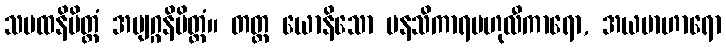
သမထနိမိတ္တံ အဗျဂ္ဂနိမိတ္တံ။ တတ္ထ ယောနိသော မနသိကာရဗဟုလီကာရော, အယမာဟာရော